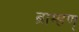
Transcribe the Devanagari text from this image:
ब्राम्हण्